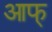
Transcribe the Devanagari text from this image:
आफ्‌